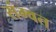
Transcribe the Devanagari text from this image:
संम्वत्